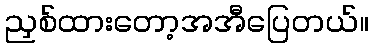
ညှစ်ထားတော့အအီပြေတယ်။